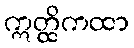
ဣတ္ထိကထာ